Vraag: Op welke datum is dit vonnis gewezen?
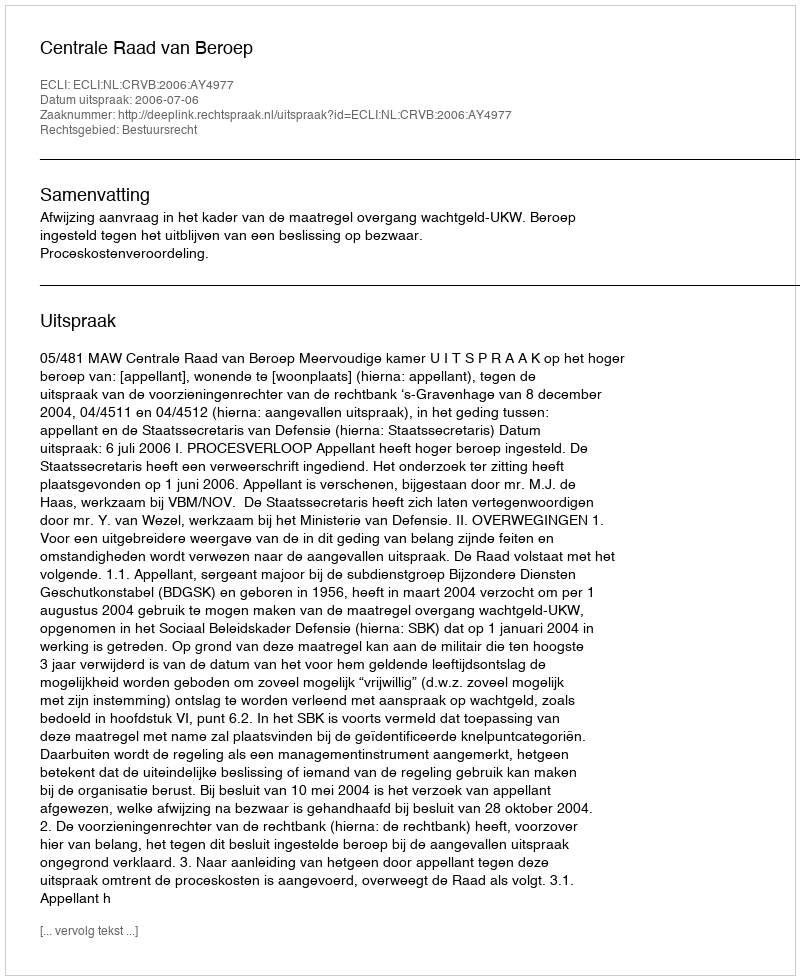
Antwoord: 2006-07-06